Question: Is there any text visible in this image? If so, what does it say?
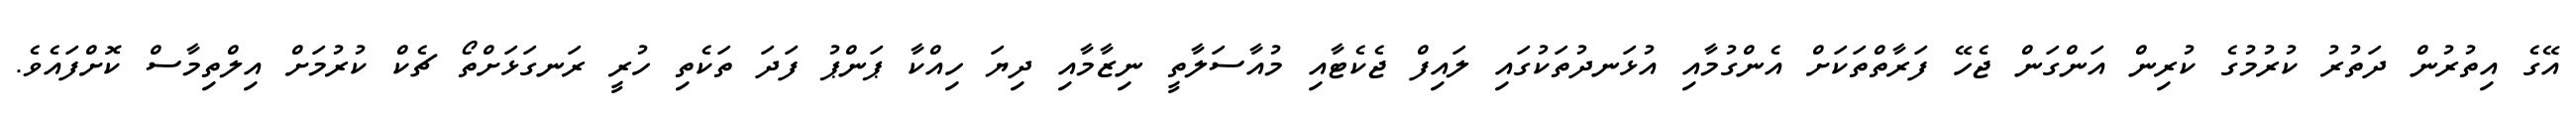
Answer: އޭގެ އިތުރުން ދަތުރު ކުރުމުގެ ކުރިން އަންގަން ޖެހޭ ފަރާތްތަކަށް އެންގުމާއި އުޅަނދުތަކުގައި ލައިފް ޖެކެޓާއި މުއާސަލާތީ ނިޒާމާއި ދިޔަ ހިއްކާ ޕަންޕު ފަދަ ތަކެތި ހުރީ ރަނގަޅަށްތޯ ޗެކް ކުރުމަށް އިލްތިމާސް ކޮށްފައެވެ.